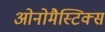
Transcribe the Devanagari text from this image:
ओनोमैस्टिक्स